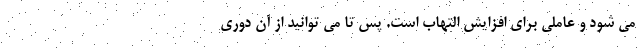
می شود و عاملی برای افزایش التهاب است. پس تا می توانید از آن دوری